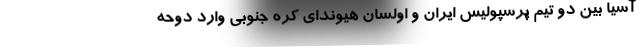
آسیا بین دو تیم پرسپولیس ایران و اولسان هیوندای کره جنوبی وارد دوحه